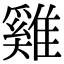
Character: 雞